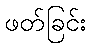
ဖတ်ခြင်း